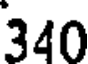
340